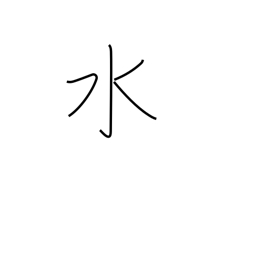
Meaning: water